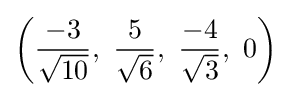
\left({\frac {-3}{\sqrt {10}}},\ {\frac {5}{\sqrt {6}}},\ {\frac {-4}{\sqrt {3}}},\ 0\right)